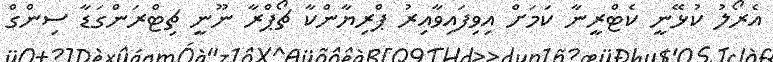
އެރޯލު ކުޅޭނީ ކެޓްރީނާ ކަމަށް އިވިފައިވާއިރު ޕްރިޔާންކާ ޗޯޕްރާ ނޫނީ ޗިޓްރަންގަޑާ ސިންގް